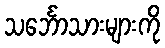
သင်္ဘောသားများကို